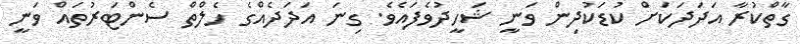
ގާތްކުރާ އަދަދަކަށް ކުޑަކުދިން ވަނީ ޝަހީދުވެފައެވެ. ގިނަ އަދަދެއްގެ ހެލްތް ސެންޓަރުތައް ވަނީ